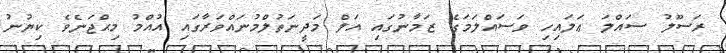
ރަސޫލު ސައްލަ ޢަލައިހި ވަސައްލަމަގެ ޒަމާނުގައި އަލް މަދީނަތުލްމުނައްވަރާގައި އުއްމު މިޙްޖަނެވެ ކިޔުނު